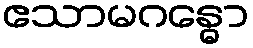
ဧသာမဂန္ဓော